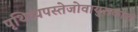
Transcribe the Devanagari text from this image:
पृथिव्यपस्तेजोवायुराकाशं